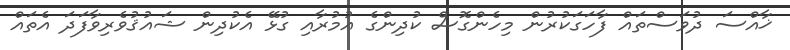
ޚާއްސަ ދުވަސްތައް ފާހަގަކުރުން މިހެންގޮސް ކުދިންގެ އުމުރާއި ގުޅޭ އެކުދިން ޝައުޤުވެރިވާފަދަ އެތައް